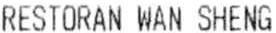
RESTORAN WAN SHENG